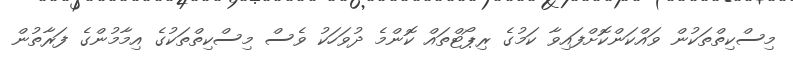
މިސްކިތްތަކުން ވައްކަންކޮށްފައިވާ ކަމުގެ ރިޕޯޓްތައް ކޮންމެ ދުވަހަކު ވެސް މިސްކިތްތަކުގެ އިމާމުންގެ ފަރާތުން